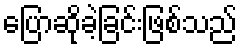
ပြောဆိုခဲ့ခြင်းဖြစ်သည်